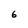
Character: 6